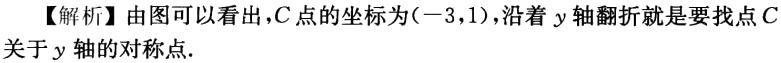
【解析】由图可以看出，\(C\)点的坐标为\((-3,1)\)，沿着\(y\)轴翻折就是要找点\(C\)关于\(y\)轴的对称点.